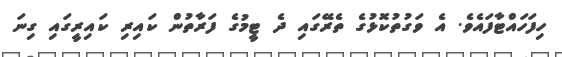
ހިފަހައްޓާފައެވެ. އެ ވަގުތުކޮޅުގެ ތެރޭގައި ދެ ޓީމުގެ ފަރާތުން ކައިރި ކައިރީގައި ގިނަ